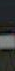
-